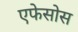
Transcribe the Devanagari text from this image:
एफेसोस